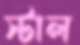
স্টাল